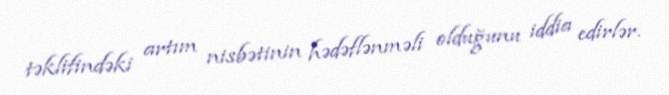
təklifindəki artım nisbətinin hədəflənməli olduğunu iddia edirlər.